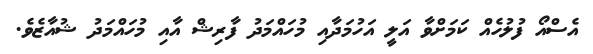
އެސްއޯ ފުލުހެއް ކަމަށްވާ އަލީ އަހުމަދާއި މުހައްމަދު ފާރިޝް އާއި މުހައްމަދު ޝުއާޒެވެ.